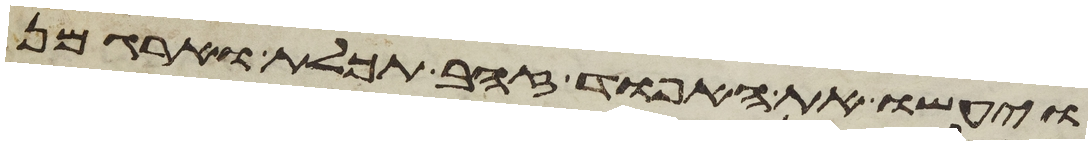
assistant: ויעשו את האפוד זהב תכלת וארגמן